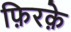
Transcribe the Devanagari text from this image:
फ़िरके़